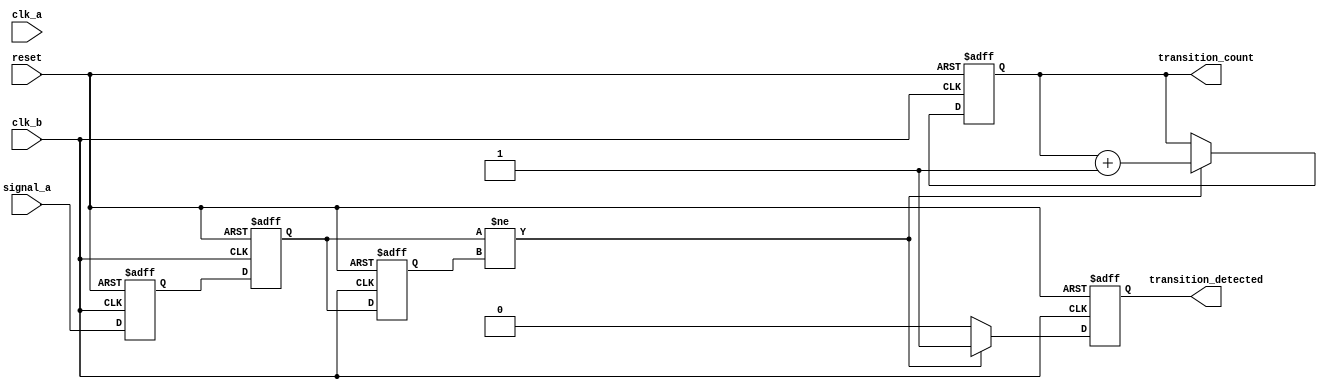
module cdc_detector (
    input wire signal_a,      // Signal from clock domain A
    input wire clk_a,        // Clock signal for domain A
    input wire clk_b,        // Clock signal for domain B
    input wire reset,        // Synchronous reset signal
    output reg transition_detected, // Indicates if a transition has been detected
    output reg [31:0] transition_count // Counter for transitions
);

    // Internal signals for metastability handling
    reg signal_a_sync_1; // First stage of synchronization
    reg signal_a_sync_2; // Second stage of synchronization
    reg signal_a_prev;   // Previous state of signal_a

    // Synchronize signal_a to clk_b
    always @(posedge clk_b or posedge reset) begin
        if (reset) begin
            signal_a_sync_1 <= 1'b0;
            signal_a_sync_2 <= 1'b0;
        end else begin
            signal_a_sync_1 <= signal_a; // Sample on clk_b
            signal_a_sync_2 <= signal_a_sync_1; // Second stage
        end
    end

    // Edge detection and transition counting
    always @(posedge clk_b or posedge reset) begin
        if (reset) begin
            transition_detected <= 1'b0;
            transition_count <= 32'b0;
            signal_a_prev <= 1'b0;
        end else begin
            // Detect transition
            if (signal_a_sync_2 != signal_a_prev) begin
                transition_detected <= 1'b1; // Transition detected
                transition_count <= transition_count + 1; // Increment counter
            end else begin
                transition_detected <= 1'b0; // No transition
            end
            // Update previous state
            signal_a_prev <= signal_a_sync_2;
        end
    end

endmodule